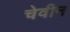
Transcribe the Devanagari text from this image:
चेवीन